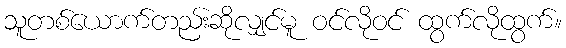
သူတစ်ယောက်တည်းဆိုလျှင်မူ ဝင်လိုဝင် ထွက်လိုထွက်။